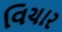
વિચાર